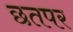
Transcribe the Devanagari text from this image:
छतपर